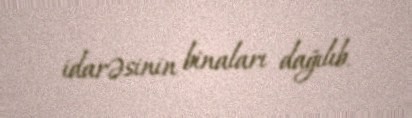
idarəsinin binaları dağılıb.